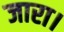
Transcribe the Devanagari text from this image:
जारा।